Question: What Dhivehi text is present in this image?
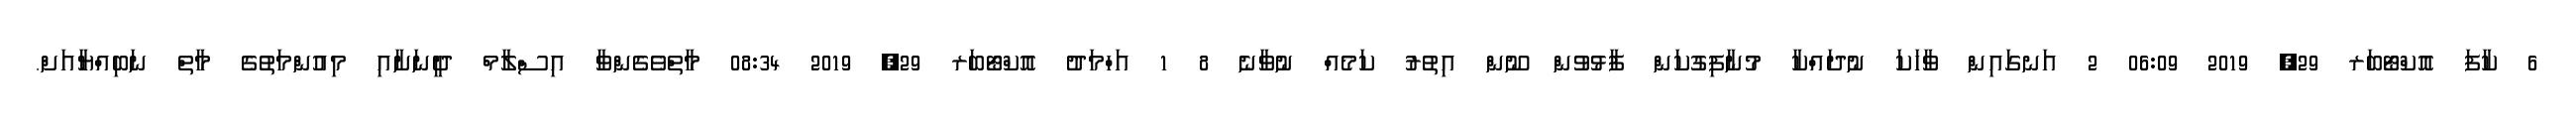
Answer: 6 ކާފަ އޮކްޓޯބަރ 29, 2019 06:09 2 އަނގައިން ވާހަކަ ނުދައްކާ މުނާފިގުކަން ފާޅުވުން ނޫން އިތުރު ކަމެއް ނުވާނެ 8 1 އަހްމަދު އޮކްޓޯބަރ 29, 2019 08:34 މާތްވެގެންވާ އިސްލާމް ދީނަށާއި މިއުންމަތުގެ މާތް ނަބިއްޔާއަށް.